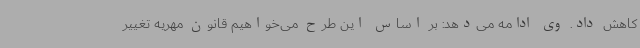
کاهش داد. وی ادامه می‌دهد: بر اساس این طرح می‌خواهیم قانون مهریه تغییر